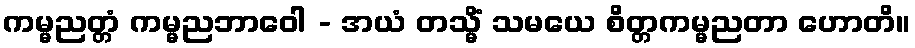
ကမ္မညတ္တံ ကမ္မညဘာဝေါ - အယံ တသ္မိံ သမယေ စိတ္တကမ္မညတာ ဟောတိ။